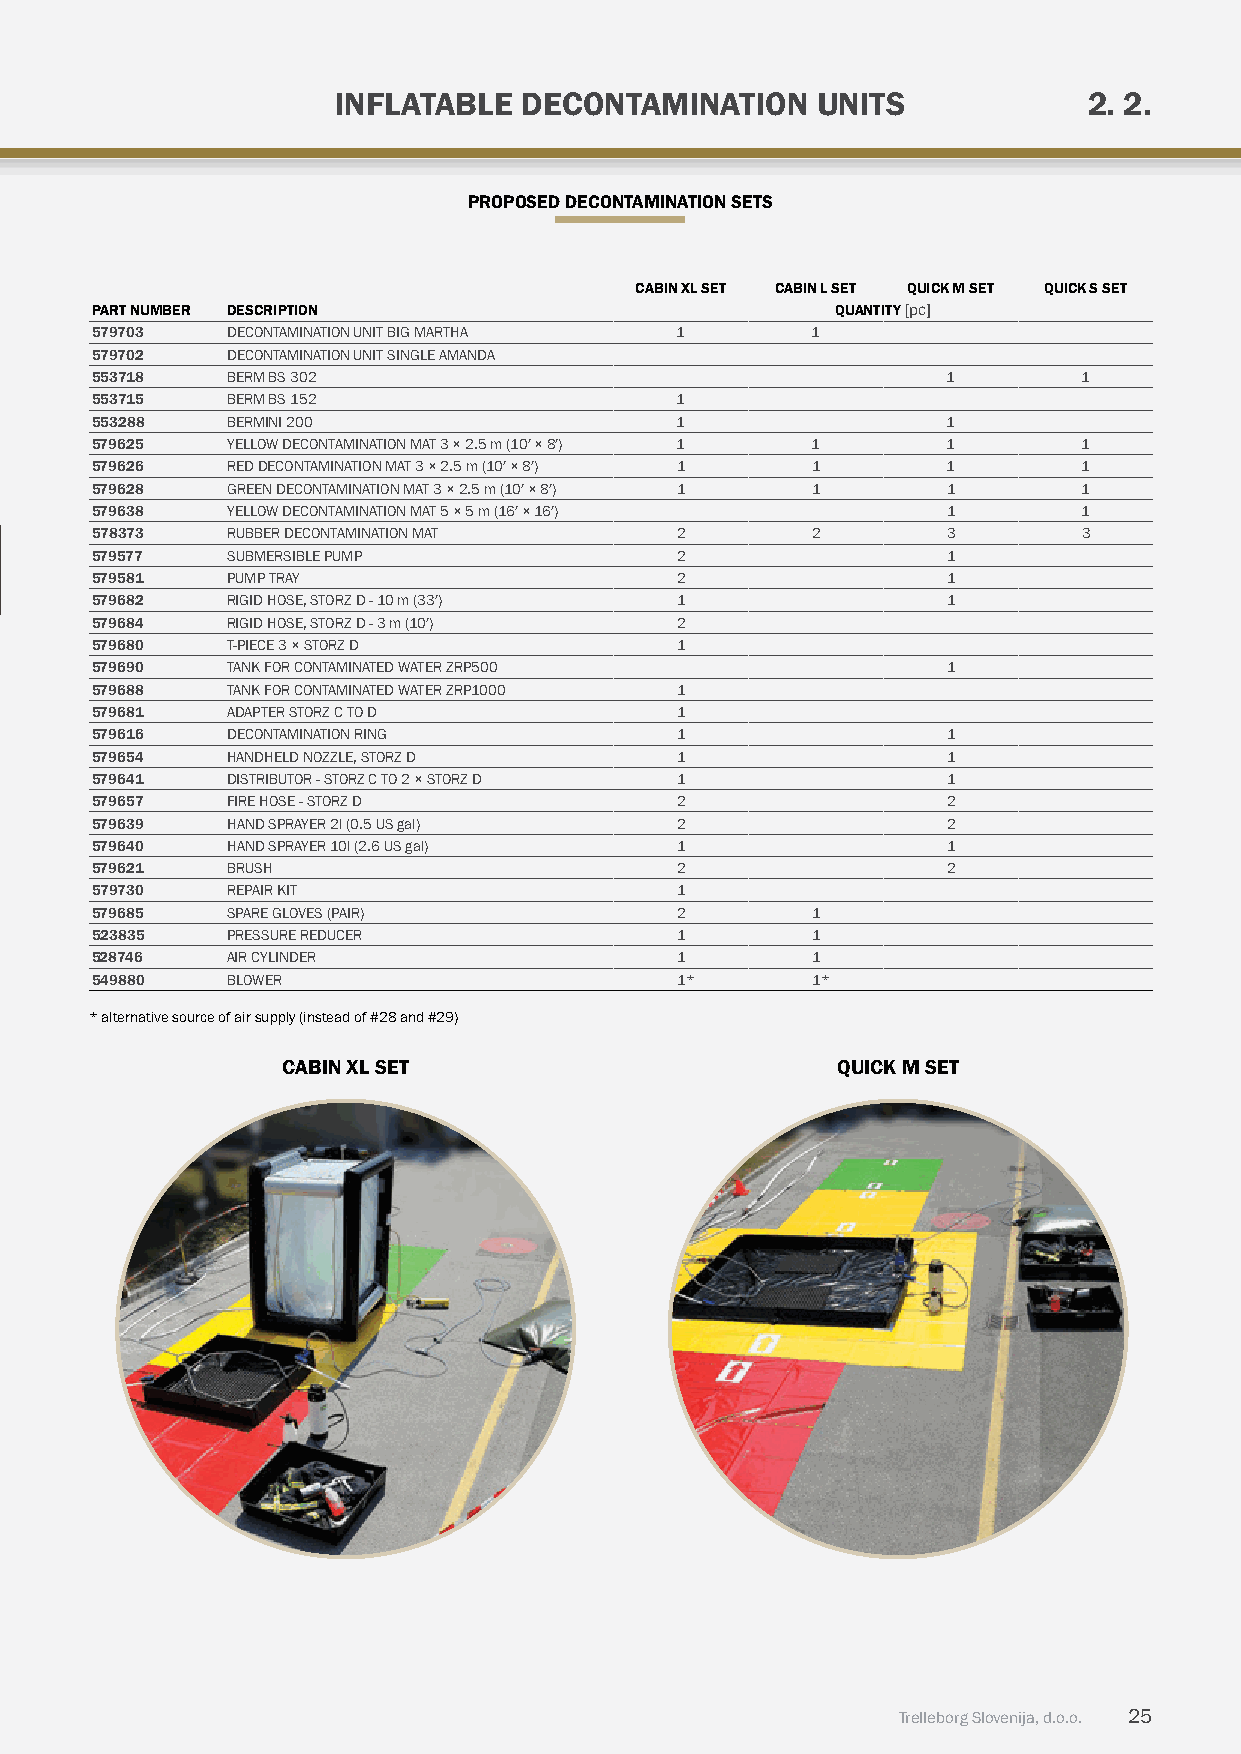
iNFLATABLE  DECONTAmiNATiON     uNiTS             2. 2.
 pROpOSED DECONTAmiNATiON SETS
 CABiN xL SET CABiN L SET QuICK M SET QuICK S SET
 pART NumBER DESCRipTiON                          quANTiTY [pc]
 579703   DECONTAMINATION UNIT BIG MARTHA 1      1
 579702   DECONTAMINATION UNIT SINGLE AMANDA
 553718   BERM BS 302                                     1        1
 553715   BERM BS 152                   1
 553288   BERMINI 200                   1                 1
 579625   YELLOW DECONTAMINATION MAT 3 × 2.5 m (10′ × 8′) 1 1 1    1
 579626   RED DECONTAMINATION MAT 3 × 2.5 m (10′ × 8′) 1 1 1       1
 579628   GREEN DECONTAMINATION MAT 3 × 2.5 m (10′ × 8′) 1 1 1     1
 579638   YELLOW DECONTAMINATION MAT 5 × 5 m (16′ × 16′)  1        1
 578373   RUBBER DECONTAMINATION MAT    2        2        3        3
 Removable/replacable 579577 SUBMERSIBLE PUMP 2                 1
 shower curtain and bottom 579581 PUMP TRAY   2                 1
 579682   RIGID HOSE, STORZ D - 10 m (33′) 1              1
 579684   RIGID HOSE, STORZ D - 3 m (10′) 2
 579680   T-PIECE 3 × STORZ D           1
 579690   TANK FOR CONTAMINATED WATER ZRP500              1
 579688   TANK FOR CONTAMINATED WATER ZRP1000 1
 579681   ADAPTER STORZ C TO D          1
 579616   DECONTAMINATION RING          1                 1
 579654   HANDHELD NOZZLE, STORZ D      1                 1
 579641   DISTRIBUTOR - STORZ C TO 2 × STORZ D 1          1
 579657   FIRE HOSE - STORZ D           2                 2
 579639   HAND SPRAYER 2l (0.5 US gal)  2                 2
 579640   HAND SPRAYER 10l (2.6 US gal) 1                 1
 579621   BRUSH                         2                 2
 579730   REPAIR KIT                    1
 579685   SPARE GLOVES (PAIR)           2        1
 523835   PRESSURE REDUCER              1        1
 528746   AIR CYLINDER                  1        1
 549880   BLOWER                        1*       1*
 * alternative source of air supply (instead of #28 and #29)
 CABiN xL SET                        QuICK M SET
 Trelleborg Slovenija, d.o.o. 25